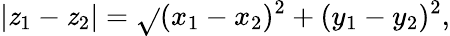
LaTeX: |\mathit{z}_{1}-\mathit{z}_{2}|={\sqrt{}{{(x_{1}-x_{2})^{2}+(y_{1}-y_{2})^{2}}}},